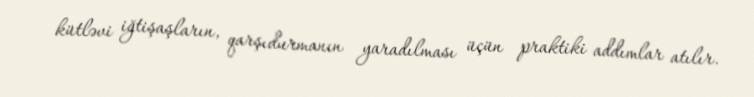
kütləvi iğtişaşların, qarşıdurmanın yaradılması üçün praktiki addımlar atılır.